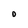
Character: O